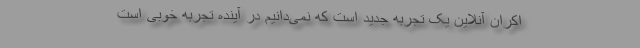
اکران آنلاین یک تجربه جدید است که نمی‌دانیم در آینده تجربه خوبی است